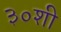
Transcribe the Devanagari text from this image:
३०शी